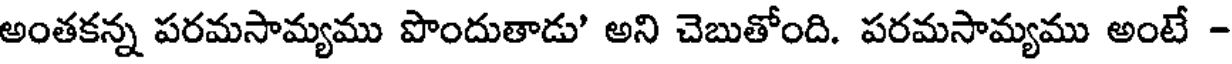
అంతకన్న పరమసామ్యము పొందుతాడు' అని చెబుతోంది. పరమసామ్యము అంటే -